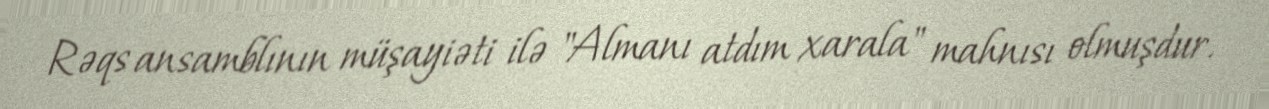
Rəqs ansamblının müşayiəti ilə "Almanı atdım xarala" mahnısı olmuşdur.